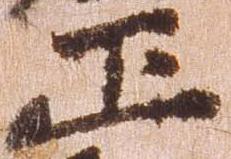
正